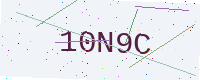
Text: 10N9C